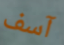
آسف